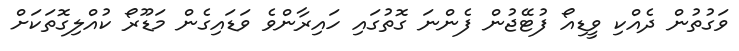
ވަގުތުން ދެއްކި ވީޑިއޯ ފުޓޭޖުން ފެންނަ ގޮތުގައި ހައިރާންވެ ވަޑައިގެން މަޑޫރޯ ކުއްލިގޮތަކަށް